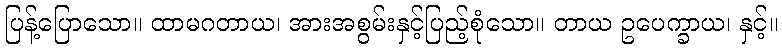
ပြန့်ပြောသော။ ထာမဂတာယ၊ အားအစွမ်းနှင့်ပြည့်စုံသော။ တာယ ဥပေက္ခာယ၊ နှင့်။